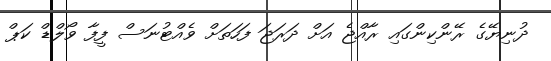
ދުނިޔޭގެ ރޭންކިންގައި ރާއްޖެ އަށް ދަރަޖަ ފަހަތަށް ވެއްޓުނަސް ފީފާ ވޯލްޑް ކަޕް